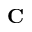
\mathbf { C }